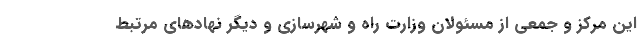
این مرکز و جمعی از مسئولان وزارت راه و شهرسازی و دیگر نهادهای مرتبط